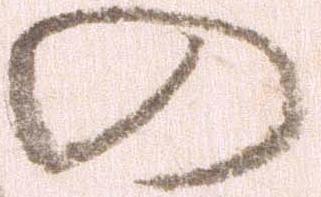
の